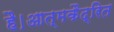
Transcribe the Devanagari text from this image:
है।आत्मकैद्रित